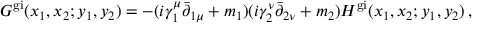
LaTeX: G ^ { \mathrm { g i } } ( x _ { 1 } , x _ { 2 } ; y _ { 1 } , y _ { 2 } ) = - ( i \gamma _ { 1 } ^ { \mu } \bar { \partial } _ { 1 \mu } + m _ { 1 } ) ( i \gamma _ { 2 } ^ { \nu } \bar { \partial } _ { 2 \nu } + m _ { 2 } ) H ^ { \mathrm { g i } } ( x _ { 1 } , x _ { 2 } ; y _ { 1 } , y _ { 2 } ) \, ,